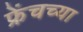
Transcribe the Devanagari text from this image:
फ्रेंचच्या